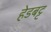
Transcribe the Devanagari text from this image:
हेडबट्ट